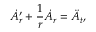
\dot { A } _ { r } ^ { \prime } + { \frac { 1 } { r } } \dot { A } _ { r } = \ddot { A } _ { t } ,